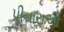
પીનારાઓ